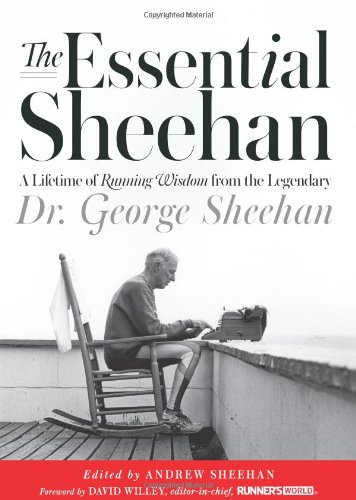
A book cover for The Essential Sheehan: A Lifetime of Running Wisdom from the Legendary Dr. George Sheehan; George Sheehan; Sports & Outdoors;